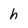
Character: h